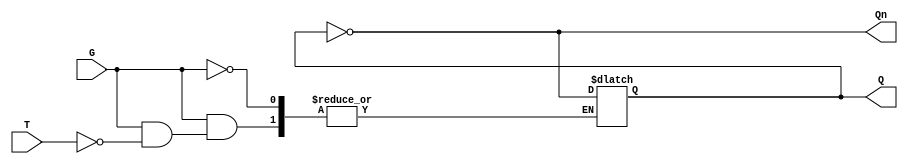
module Gated_T_Latch (
    input wire T,      // Toggle input
    input wire G,      // Gate signal
    output reg Q,      // Output
    output wire Qn     // Complement output
);

    assign Qn = ~Q; // Complement output

    always @(*) begin
        if (G) begin
            if (T) begin
                Q = ~Q; // Toggle state
            end
            // If T is 0, Q remains unchanged
        end
        // If G is 0, Q remains unchanged (no action)
    end

endmodule